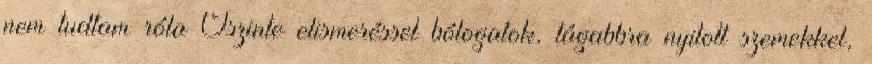
nem tudtam róla Őszinte elismeréssel bólogatok, tágabbra nyitott szemekkel,